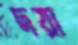
দয়া